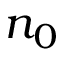
n _ { 0 }